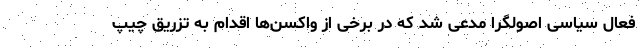
فعال سیاسی اصولگرا مدعی شد که در برخی از واکسن‌ها اقدام به تزریق چیپ